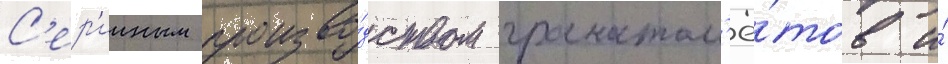
С'ер'ииным произво́дством гранатом'ё́тов и́